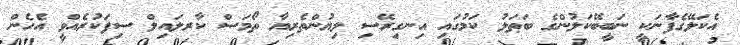
އެކަލޭގެފާނަކީ ނަބީބޭކަލުންގެ ބަޠަލު ކަމުގައި އިނގިރޭސި ލިޔުންތެރިޔާ ތޯމަސް ކާރލައިލް ސިފަކުރެއްވީ އެހެން